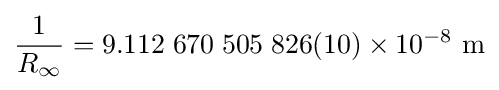
{\frac {1}{R_{\infty }}}=9.112\;670\;505\;826(10)\times 10^{-8}\ {\text{m}}